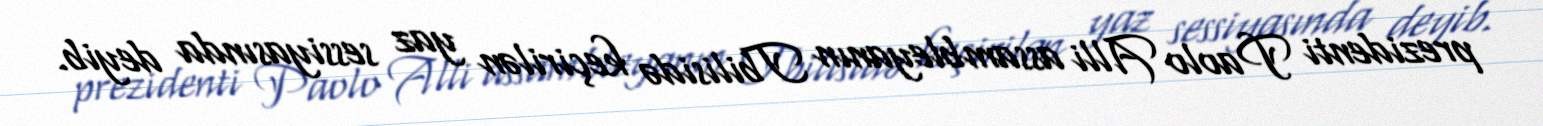
prezidenti Paolo Alli assambleyanın Tbilisidə keçirilən yaz sessiyasında deyib.